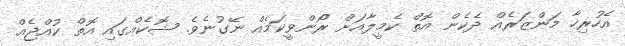
އެހުރިހާ މަންޒަރެއް ދެކެން އޮތް ކެމީލާއަށް ރޯންވީކަމެއް ނޭގުނެވެ. ޝޮކެއްގައި އޮތް ކުއްޖެއް